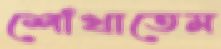
শোঁখাতেম